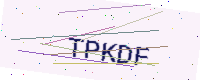
Text: TPKDF